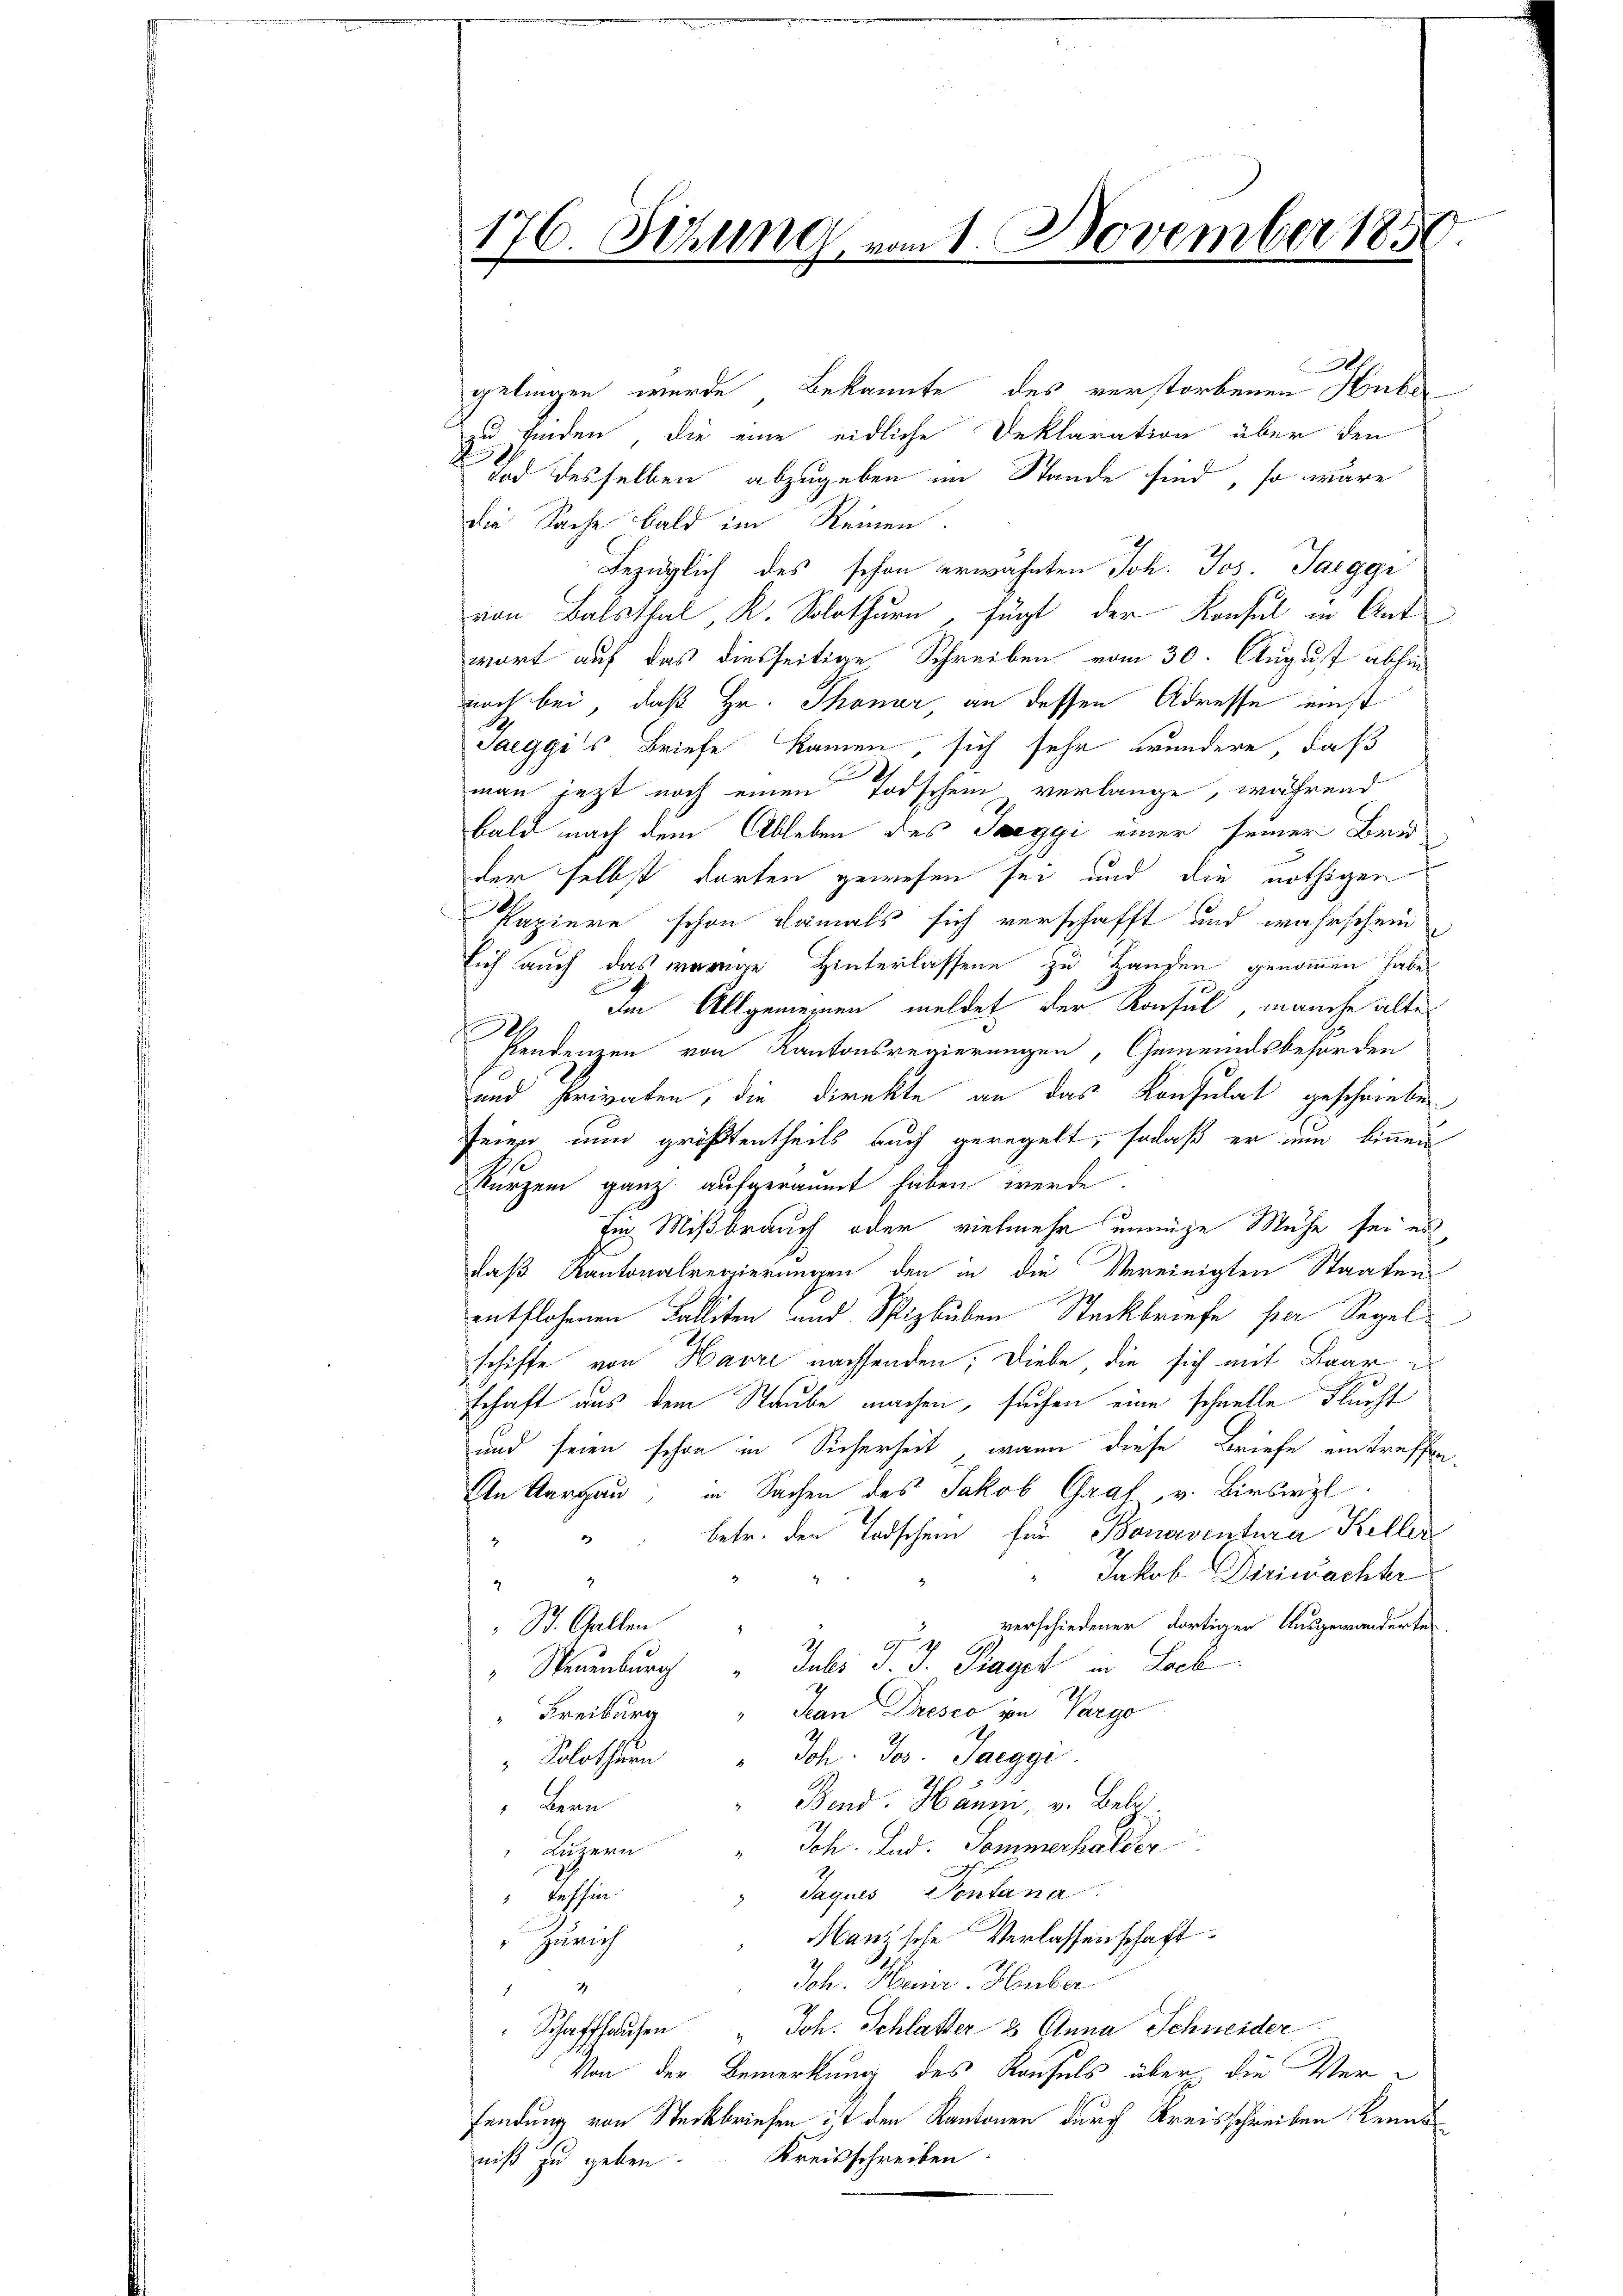
0
gelingen wurde Bekannte des verstorbenen Huber
zu finden, die eine eidliche Deklaration über den
Und desselben abzugeben im Stande sind, so wäre
die Sache bald im Reinen.
bezüglich des schon erwähnten Joh. Jos. Jaeggi
von Balsthal K. Solothurn, fügt der Konsul in Antwort auf das diesseitige Schreiben vom 30. August abhin
noch bei, daß Hr. Thonar an dessen Adresse unst
Saeggi's Briefe kamen, sich sehr wundere, daß
man jezt noch einen Todschein verlange, während
bald nach dem Ableben des Saeggi einer seiner Brie
der selbst darten gewesen sei und die nöthigen
Papiere schon damals sich verschafft und wahrschein
sich auch das vorige Hinterlassene zu Handen genommen habe,
Im Allgemeinen meldet der Konsul, manche alte
h
stendenzen von Kantonsregierungen, Gemeindsbehörden
und privaten, die Direkte an das Konsulat geschrieben
seien nun größtentheils auch geregelt, sodaß er nun binnen
kurzem ganz aufgerannt haben werde.
Ein Mißbrauch oder vielmehr unnige Mühe sei es
daß Kantonalregierungen den in die Vereinigten Staaten
entflohenen Falliten und Spizbuben Steckbriefe per Segel
schiffe von Havre nachsenden; Diebe die sich mit Baar a
schaft aus dem Staube machen, suchen eine schnelle Flucht
und seien schon in Sicherheit, wann diese Briefe eintreffen.
An Aargau, in Sachen des Jakob Graf, v. Birswyl
betr. den Todschein für Bonaventura Keller
2
Jakob Dirimachter
2
verschiedener dortigen Ausgewandertes
 St. Gallen
" Neuenburg " Jubes J. J. Traget in Lack
Freiburg Jean Presco in Vargo
" Solothurn "Ich. Jos. Jaegge
Band. Hämm v. Bele
Bern
" Luzern Sch. Lud. Sommerhalder
" Jaques Pontana
 Teffin
Manzsche Verlassenschaft
Zürich
Jch. Henr. Huber
2
7
" Schaffhausen " Joh. Schlatter 3 Anna Schneider
Von der Bemerkung des Konsuls über die Ver-
fendung von Steckbriefen ist den Kantonen durch Kreisschreiben Kennt¬
Kreisschreiben.
niß zu geben

176. Setzung von 1. November 1850